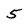
Character: 5